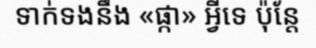
ទាក់ទងនឹង «ផ្កា» អ្វីទេ ប៉ុន្តែ